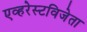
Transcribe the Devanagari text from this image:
एव्हरेस्टविजेता